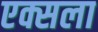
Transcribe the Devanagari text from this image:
एक्सला